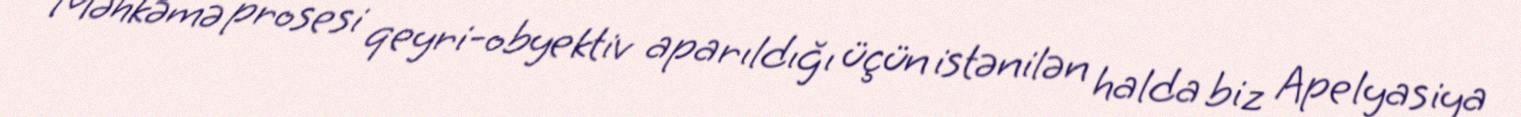
Məhkəmə prosesi qeyri-obyektiv aparıldığı üçün istənilən halda biz Apelyasiya